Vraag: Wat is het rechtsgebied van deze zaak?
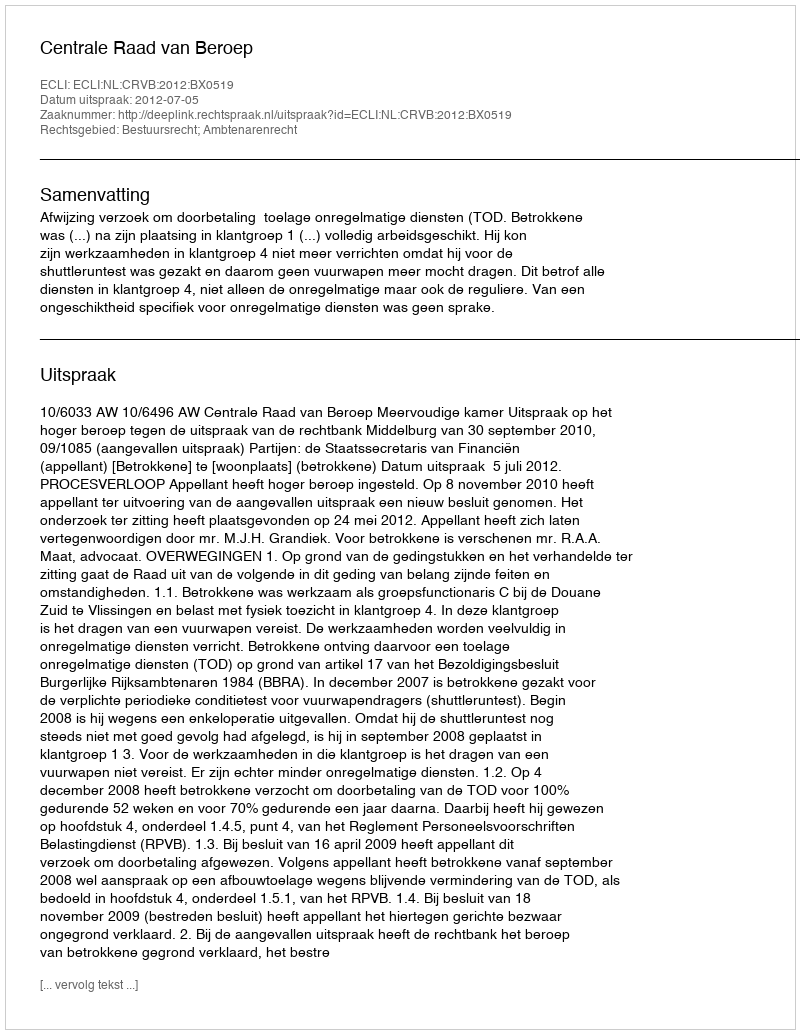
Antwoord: Bestuursrecht; Ambtenarenrecht